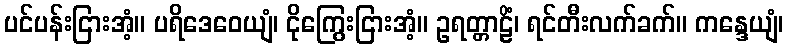
ပင်ပန်းငြားအံ့။ ပရိဒေဝေယျံ၊ ငိုကြွေးငြားအံ့။ ဥရတ္တာဠိံ၊ ရင်တီးလက်ခက်။ ကန္ဒေယျံ၊